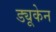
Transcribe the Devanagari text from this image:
ड्यूकेन